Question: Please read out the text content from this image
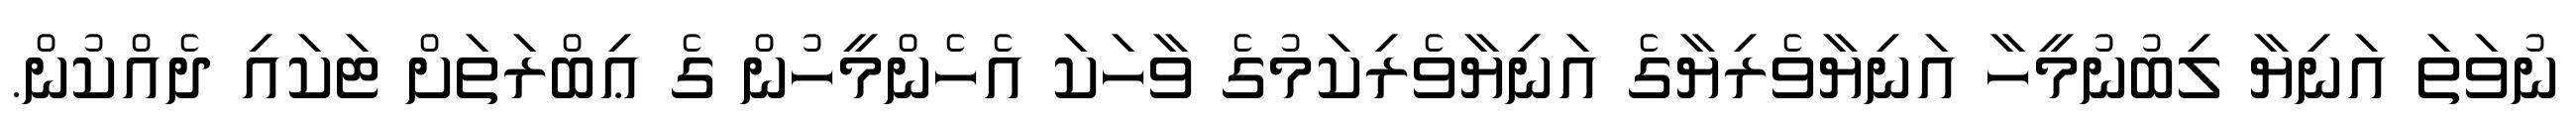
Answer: ނުވަތަ އަނިޔާ ލިބުނުމީހާ އަނިޔާވެރިޔާގެ އަނިޔާވެރިކަމުގެ ވާހަކަ އެހެންމީހުން ގެ ޢިބްރަތަށް ޓަކައި ދެއްކުން.